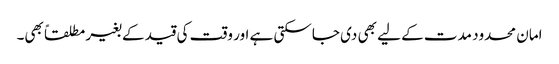
امان محدود مدت کے لیے بھی دی جاسکتی ہے اور وقت کی قید کے بغیر مطلقاً بھی۔